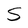
Character: S